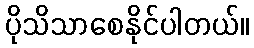
ပိုသိသာစေနိုင်ပါတယ်။